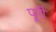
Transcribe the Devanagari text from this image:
पूरीं